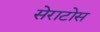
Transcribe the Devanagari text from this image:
सेराटोस